Pusta,_Kaarel_Robert, lk 26
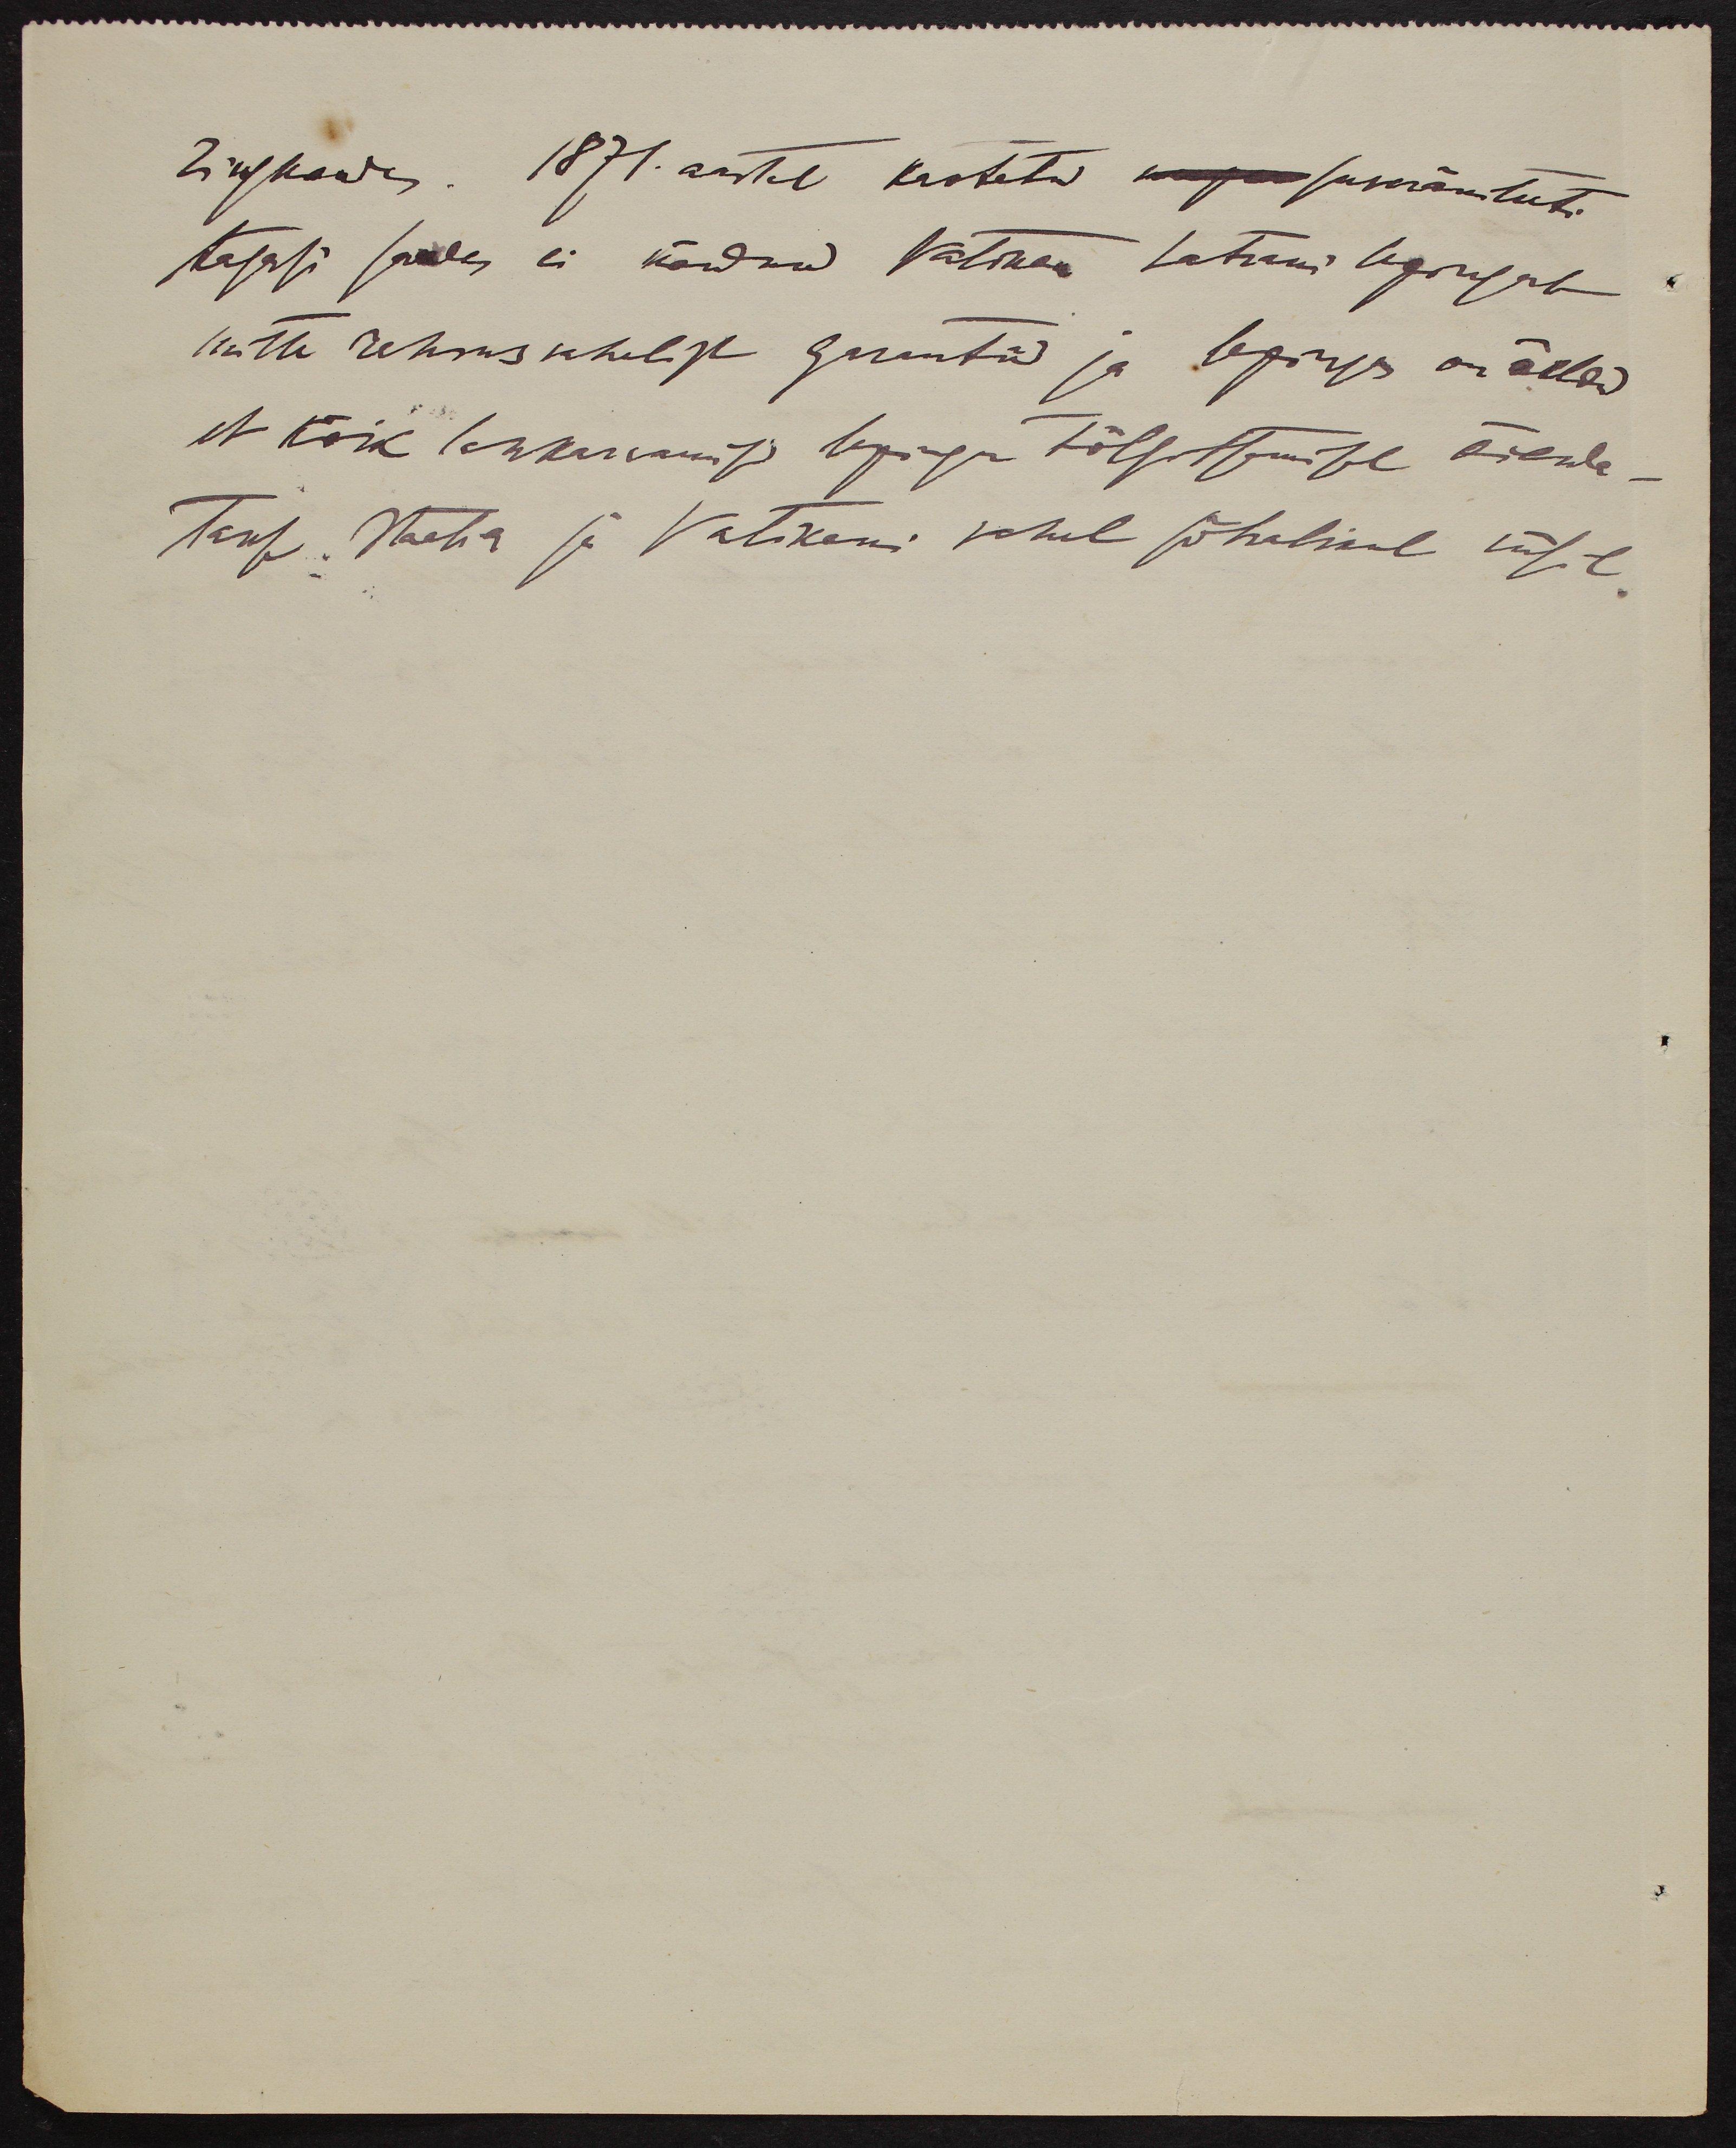
Zirjkawa. 1871. aastal kaotatud suveräniteeti
tagasi saades ei nõudnud Vatikan Laterani lepingule
mitte rahvusvahelist garantiid ja lepingus on öeldus
et kõik lahkarvamised lepingu tõlgitsemisel õienda-
takse Itaalia ja Vatikani vahel sõbralikul viisil